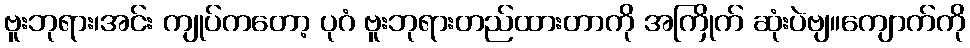
ဗူးဘုရား၊အင်း ကျုပ်ကတော့ ပုဂံ ဗူးဘုရားတည်ထားတာကို အကြိုက် ဆုံးပဲဗျ။ကျောက်ကို